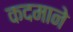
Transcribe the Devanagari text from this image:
कदमाने